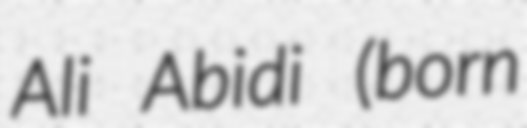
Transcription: Ali Abidi (born